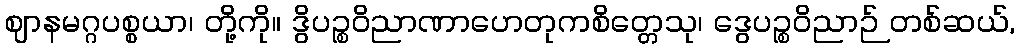
ဈာနမဂ္ဂပစ္စယာ၊ တို့ကို။ ဒွိပဉ္စဝိညာဏာဟေတုကစိတ္တေသု၊ ဒွေပဉ္စဝိညာဉ် တစ်ဆယ်,